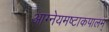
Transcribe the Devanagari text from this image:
आग्नेयमष्टाकपालम्